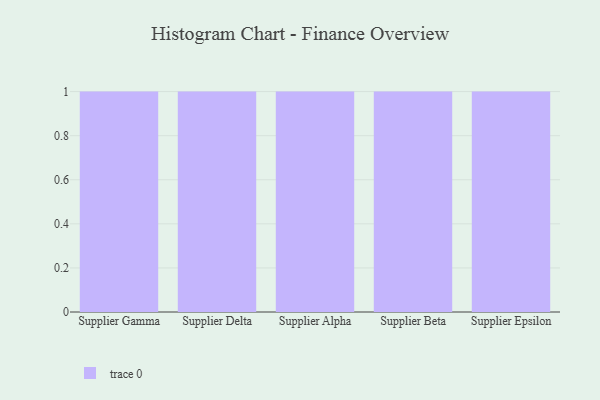
{"axis": {"x": "Supplier", "y": "Conversion Rate (%)"}, "legend": [""], "data": [{"x": "Supplier Gamma", "y": 82, "type": ""}, {"x": "Supplier Delta", "y": 71, "type": ""}, {"x": "Supplier Alpha", "y": 72, "type": ""}, {"x": "Supplier Beta", "y": 21, "type": ""}, {"x": "Supplier Epsilon", "y": 30, "type": ""}]}